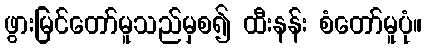
ဖွားမြင်တော်မူသည်မှစ၍ ထီးနန်း စံတော်မူပုံ။